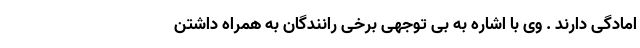
امادگی دارند . وی با اشاره به بی‌ توجهی برخی رانندگان به همراه داشتن